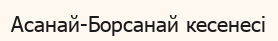
Асанай-Борсанай кесенесі